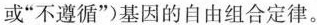
或”不遵循”)基因的自由组合定律。